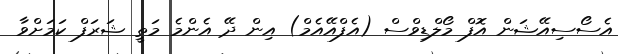
އެސޯސިއޭޝަން އޮފް މޯލްޑިވްސް (އެފްއޭއެމް) އިން ދޭ އެންމެ މަތީ ޝަރަފް ކަމަށްވާ